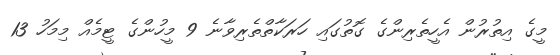
މީގެ އިތުރުން އެހީތެރިންގެ ގޮތުގައި ހަރަކާތްތެރިވާނެ 9 މީހުންގެ ޓީމެއް މިމަހު 13